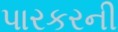
પારકરની